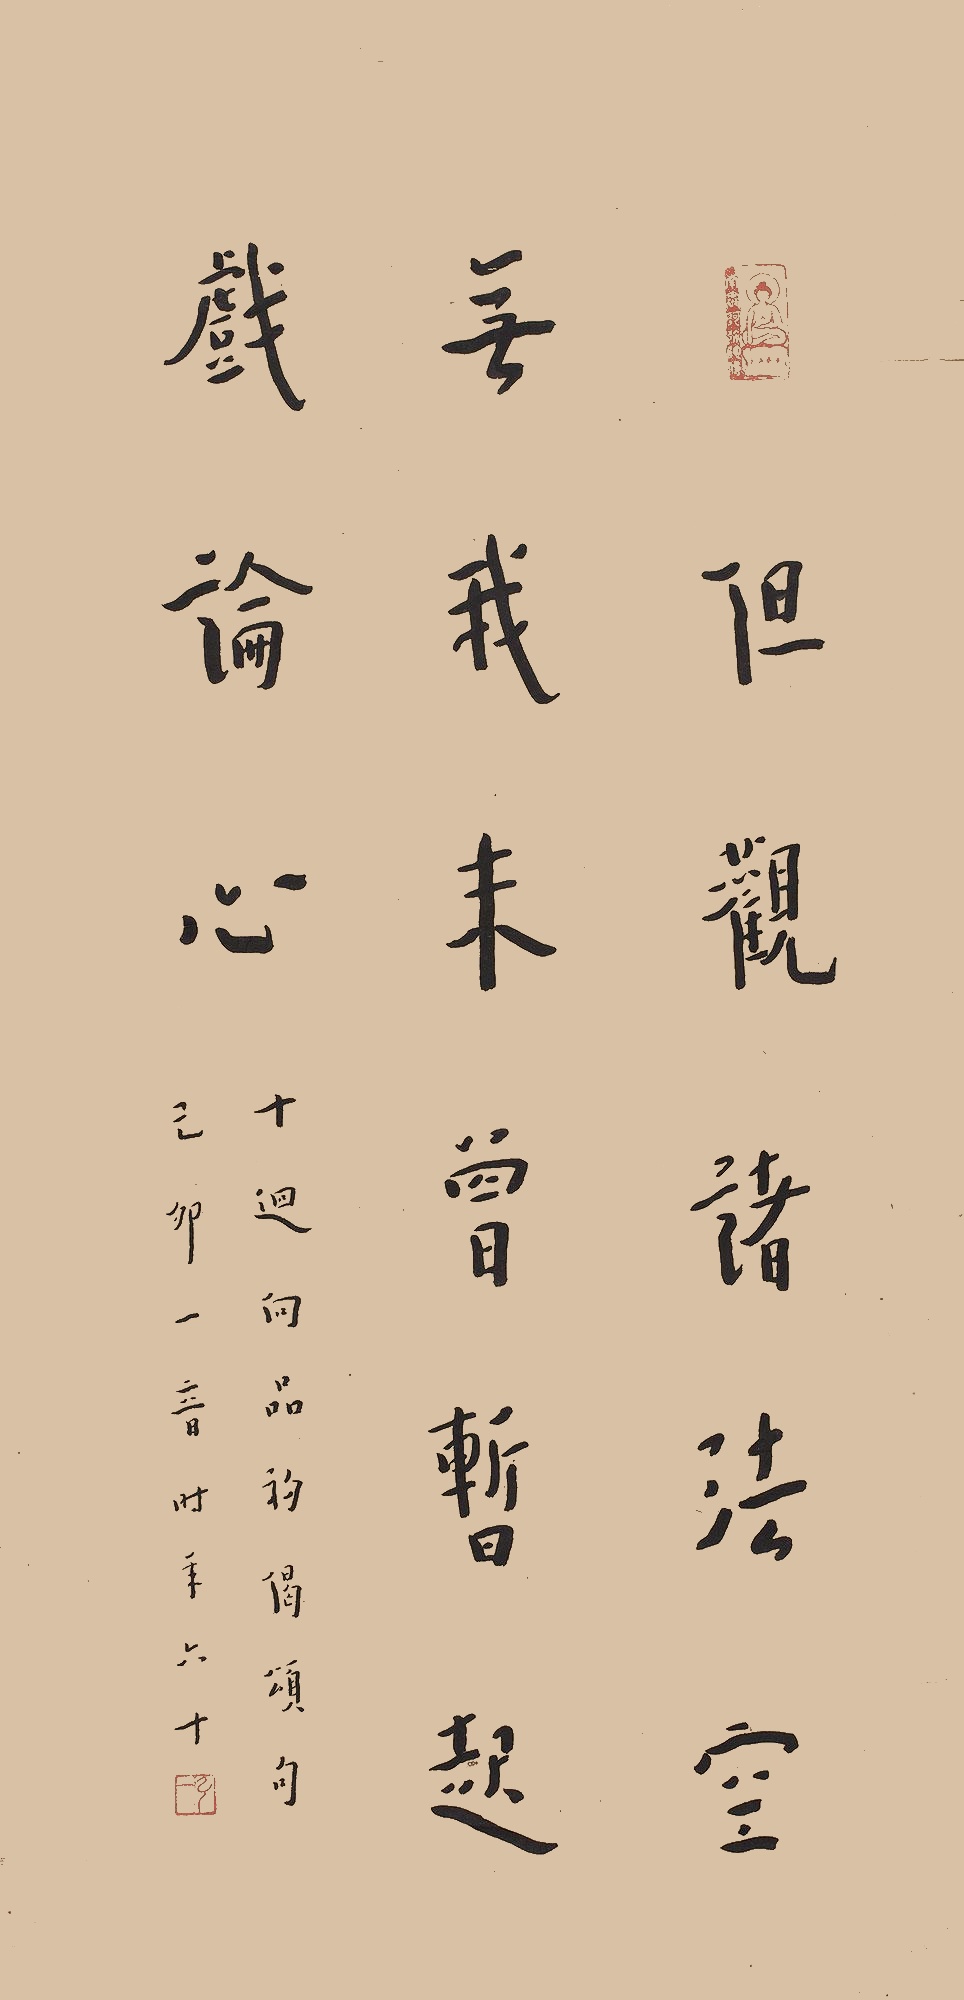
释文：但观诸法空无我，未曾暂起戏论心。十回向品初偈颂句。己卯一音时年六十。